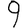
Digit: 9